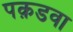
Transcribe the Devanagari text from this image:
पक़डवा